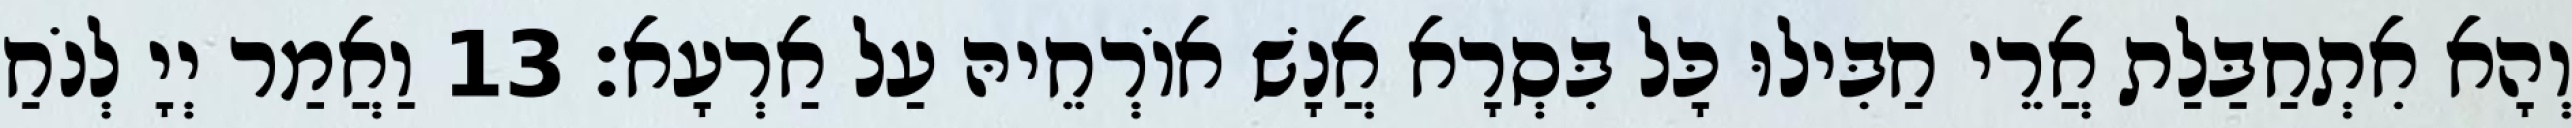
וְהָא אִתְחַבַּלַת אֲרֵי חַבִּילוּ כָּל בִּסְרָא אֲנָשׁ אוֹרְחֵיהּ עַל אַרְעָא׃ 13 וַאֲמַר יְיָ לְנֹחַ